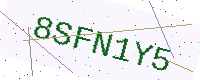
Text: 8SFN1Y5